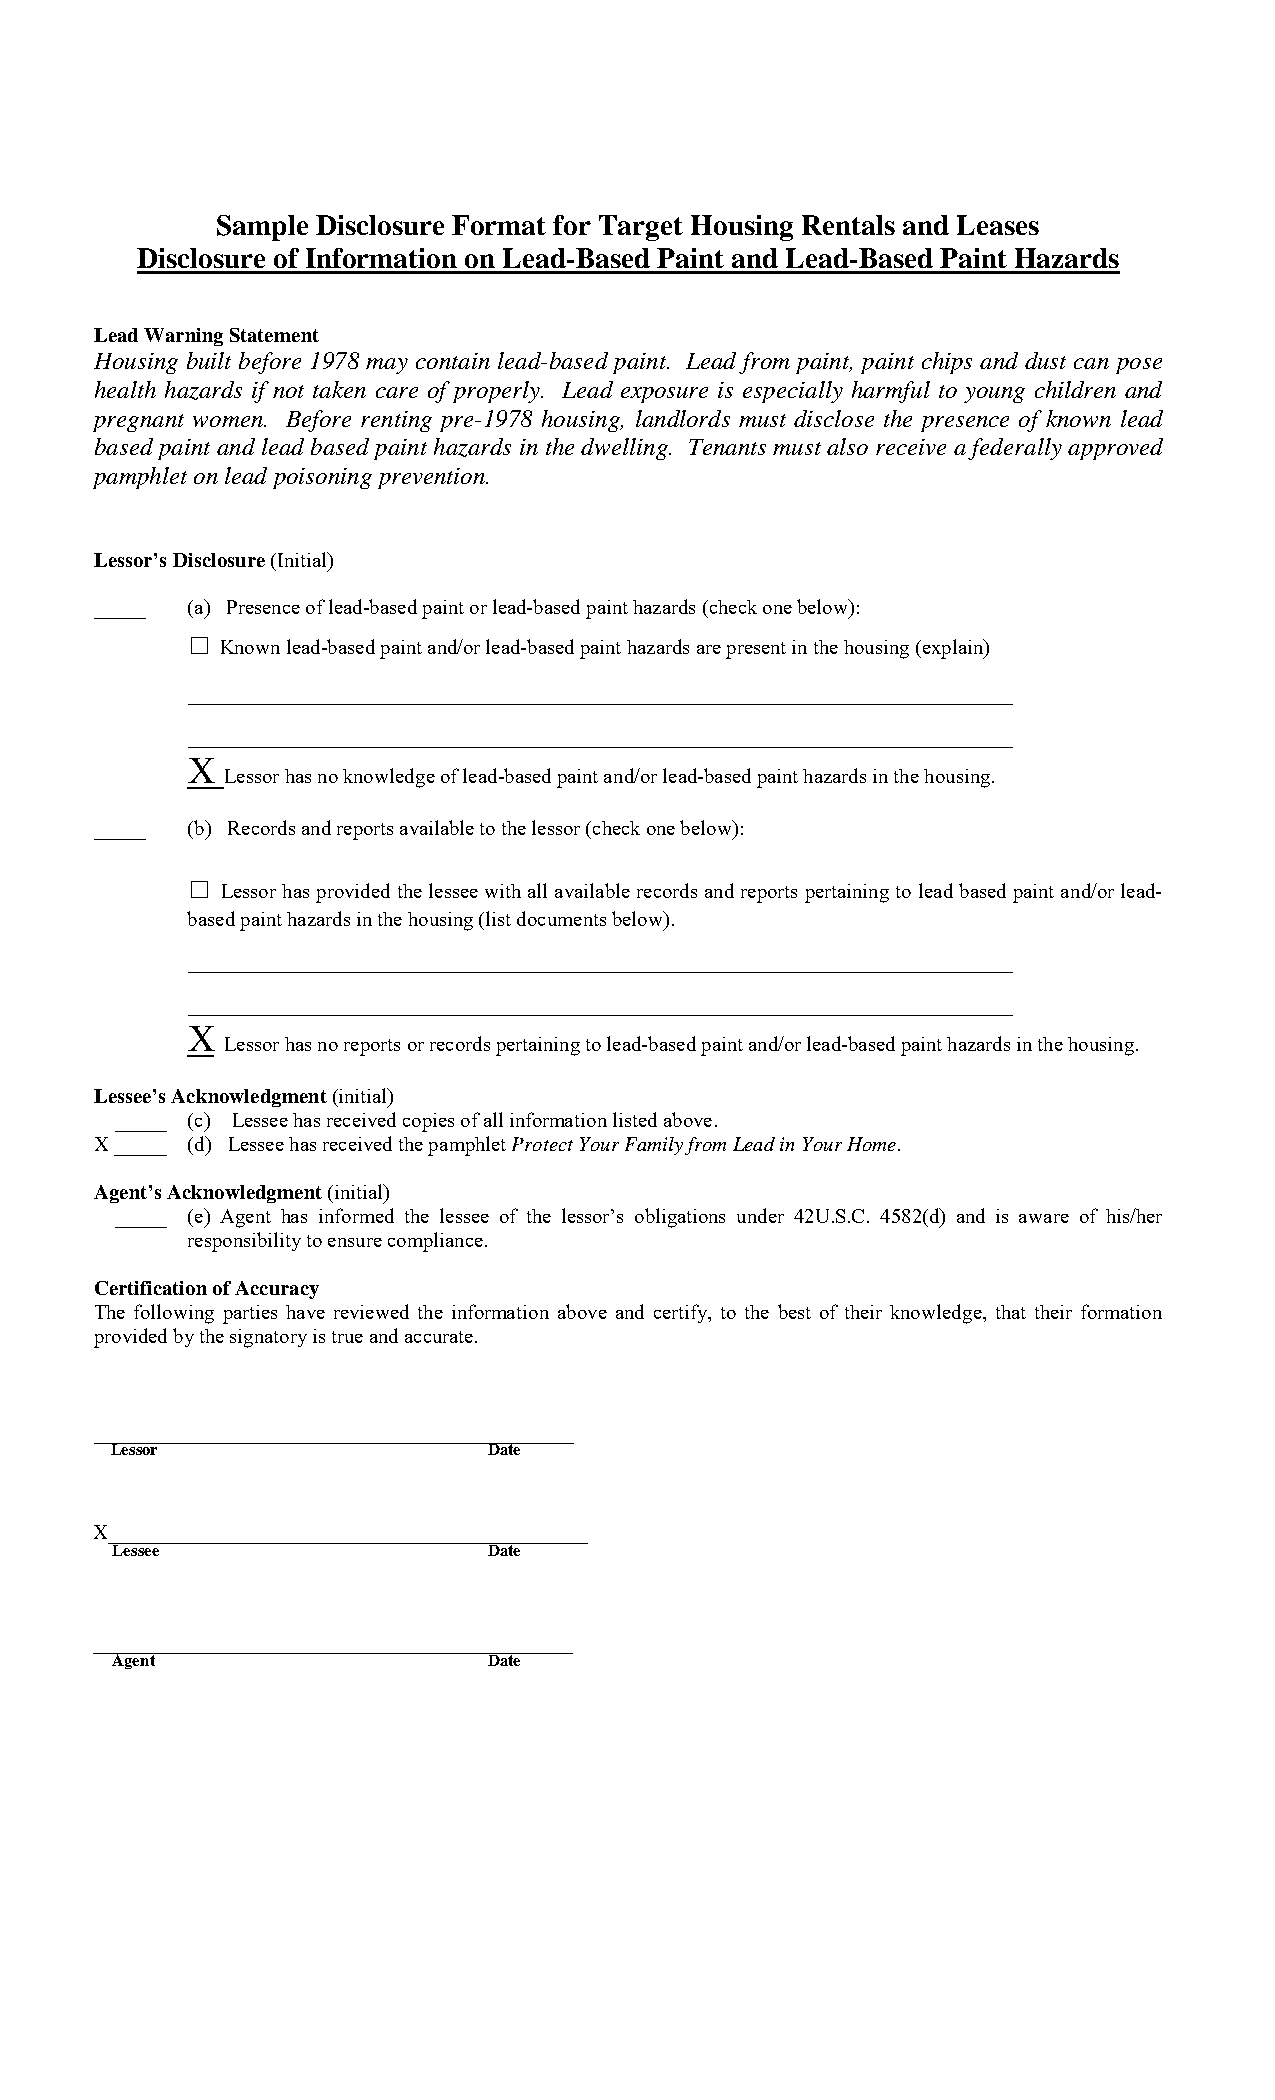
Sample Disclosure Format for Target Housing Rentals and Leases
 Disclosure of Information on Lead-Based Paint and Lead-Based Paint Hazards
 Lead Warning Statement
 Housing built before 1978 may contain lead-based paint. Lead from paint, paint chips and dust can pose
 health hazards if not taken care of properly. Lead exposure is especially harmful to young children and
 pregnant women. Before renting pre-1978 housing, landlords must disclose the presence of known lead
 based paint and lead based paint hazards in the dwelling. Tenants must also receive a federally approved
 pamphlet on lead poisoning prevention.
 Lessor’s Disclosure (Initial)
 _____ (a) Presence of lead-based paint or lead-based paint hazards (check one below):
 □
 Known lead-based paint and/or lead-based paint hazards are present in the housing (explain)
 ____________________________________________
 ____________________________________________
 X
 Lessor has no knowledge of lead-based paint and/or lead-based paint hazards in the housing.
 _____ (b) Records and reports available to the lessor (check one below):
 □
 Lessor has provided the lessee with all available records and reports pertaining to lead based paint and/or lead-
 based paint hazards in the housing (list documents below).
 ____________________________________________
 ____________________________________________
 X
 Lessor has no reports or records pertaining to lead-based paint and/or lead-based paint hazards in the housing.
 Lessee’s Acknowledgment (initial)
 _____ (c) Lessee has received copies of all information listed above.
 X _____ (d) Lessee has received the pamphlet Protect Your Family from Lead in Your Home.
 Agent’s Acknowledgment (initial)
 _____ (e) Agent has informed the lessee of the lessor’s obligations under 42U.S.C. 4582(d) and is aware of his/her
 responsibility to ensure compliance.
 Certification of Accuracy
 The following parties have reviewed the information above and certify, to the best of their knowledge, that their formation
 provided by the signatory is true and accurate.
 ______________________________________________
 Lessor                   Date
 X______________________________________________
 Lessee                   Date
 ______________________________________________
 Agent                    Date